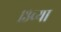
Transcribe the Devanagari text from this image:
१३च्या